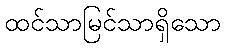
ထင်သာမြင်သာရှိသော